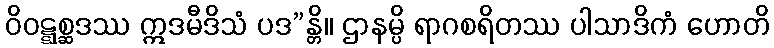
ဝိဝဋ္ဋစ္ဆဒဿ ဣဒမီဒိသံ ပဒ”န္တိ။ ဌာနမ္ပိ ရာဂစရိတဿ ပါသာဒိကံ ဟောတိ